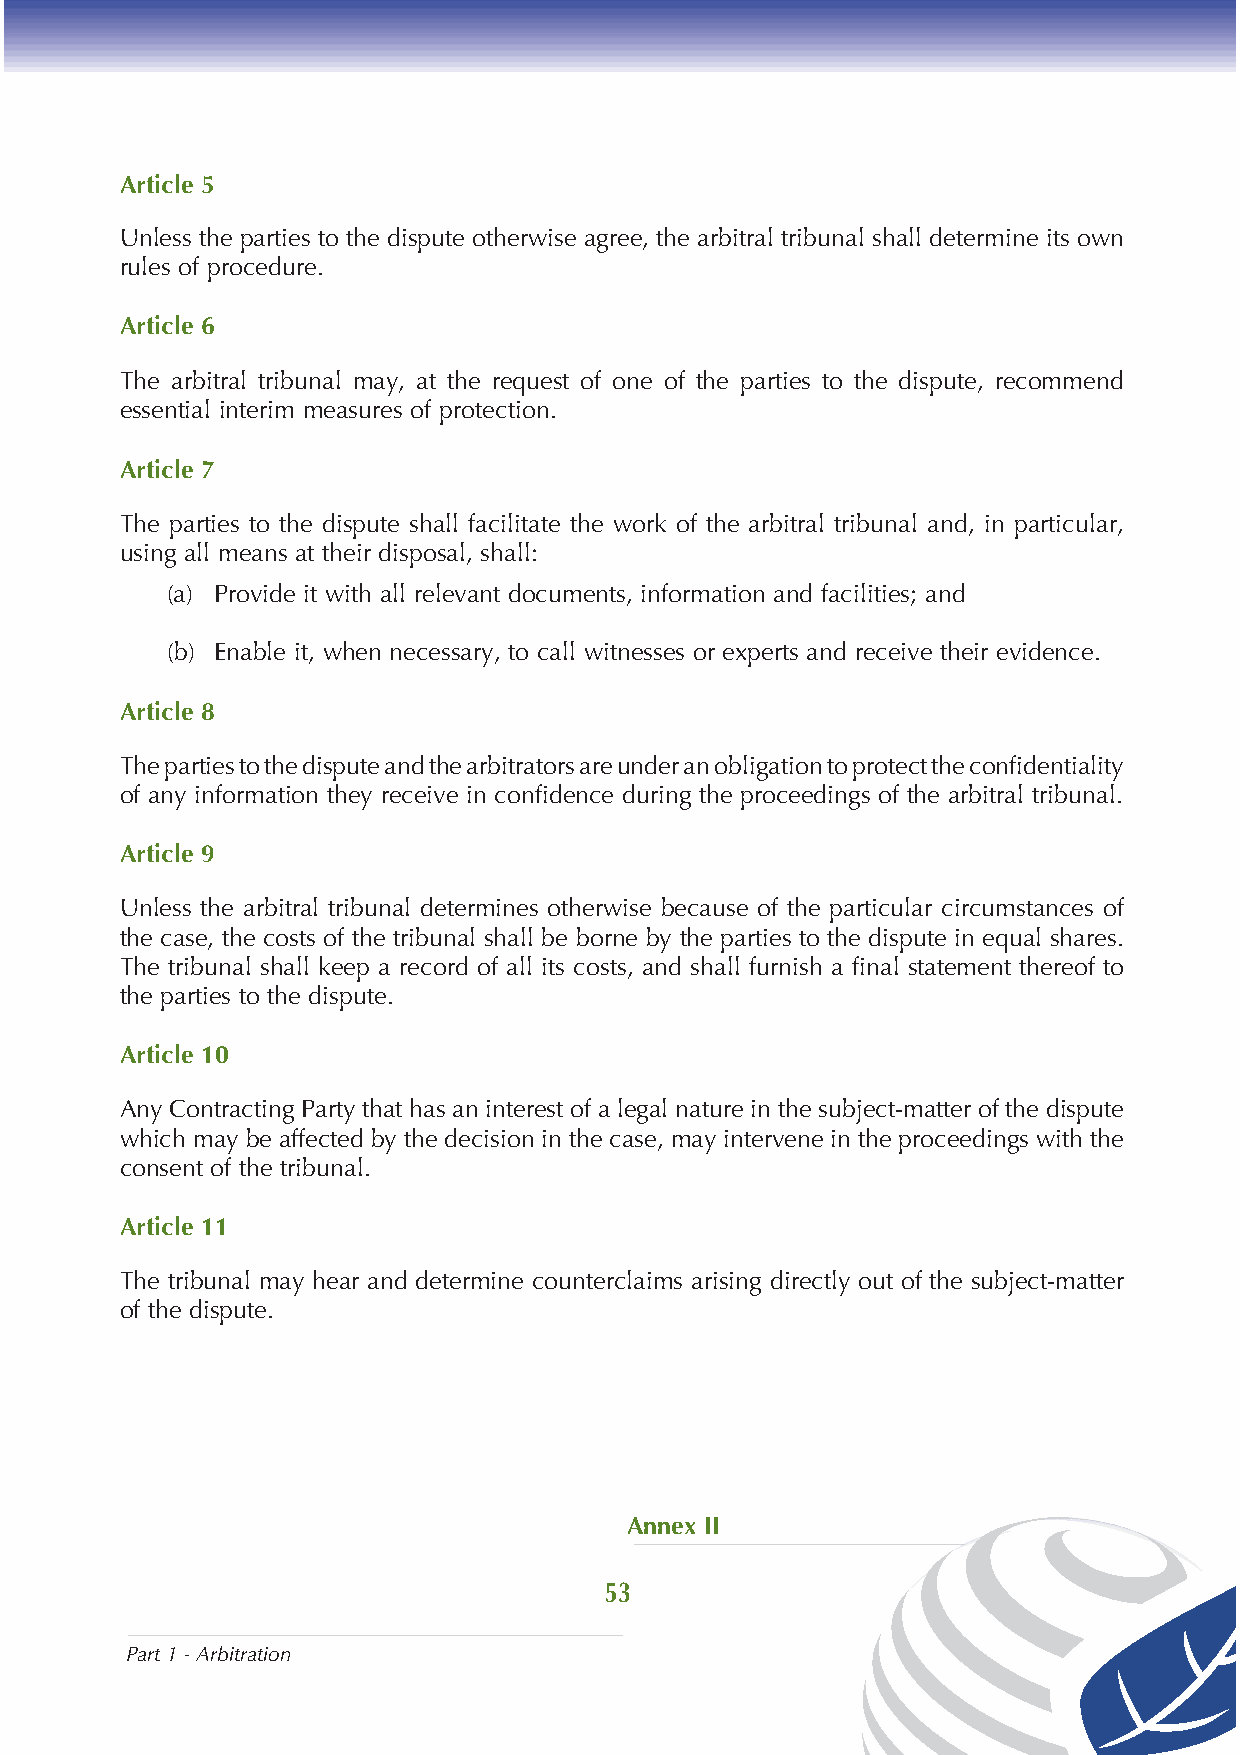
Article 5
 Unless the parties to the dispute otherwise agree, the arbitral tribunal shall determine its own
 rules of procedure.
 Article 6
 The arbitral tribunal may, at the request of one of the parties to the dispute, recommend
 essential interim measures of protection.
 Article 7
 The parties to the dispute shall facilitate the work of the arbitral tribunal and, in particular,
 using all means at their disposal, shall:
 (a) Provide it with all relevant documents, information and facilities; and
 (b) Enable it, when necessary, to call witnesses or experts and receive their evidence.
 Article 8
 The parties to the dispute and the arbitrators are under an obligation to protect the confidentiality
 of any information they receive in confidence during the proceedings of the arbitral tribunal.
 Article 9
 Unless the arbitral tribunal determines otherwise because of the particular circumstances of
 the case, the costs of the tribunal shall be borne by the parties to the dispute in equal shares.
 The tribunal shall keep a record of all its costs, and shall furnish a final statement thereof to
 the parties to the dispute.
 Article 10
 Any Contracting Party that has an interest of a legal nature in the subject-matter of the dispute
 which may be affected by the decision in the case, may intervene in the proceedings with the
 consent of the tribunal.
 Article 11
 The tribunal may hear and determine counterclaims arising directly out of the subject-matter
 of the dispute.
 Annex II
 53
 Part 1 - Arbitration